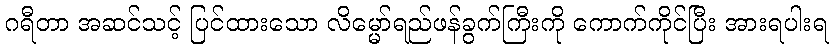
ဂရီတာ အဆင်သင့် ပြင်ထားသော လိမ္မော်ရည်ဖန်ခွက်ကြီးကို ကောက်ကိုင်ပြီး အားရပါးရ